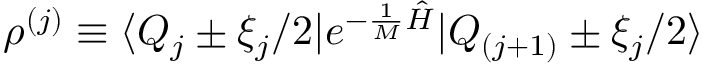
\rho ^ { ( j ) } \equiv \langle Q _ { j } \pm \xi _ { j } / 2 | e ^ { - \frac { 1 } { M } { \hat { H } } } | Q _ { ( j + 1 ) } \pm \xi _ { j } / 2 \rangle